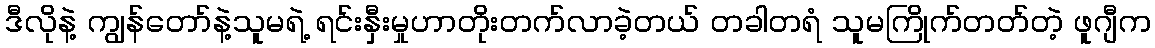
ဒီလိုနဲ့ ကျွန်တော်နဲ့သူမရဲ့ ရင်းနှီးမှုဟာတိုးတက်လာခဲ့တယ် တခါတရံ သူမကြိုက်တတ်တဲ့ ဖူဂျီက